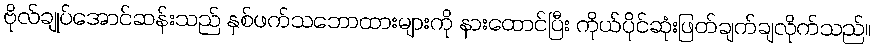
ဗိုလ်ချုပ်အောင်ဆန်းသည် နှစ်ဖက်သဘောထားများကို နားထောင်ပြီး ကိုယ်ပိုင်ဆုံးဖြတ်ချက်ချလိုက်သည်။